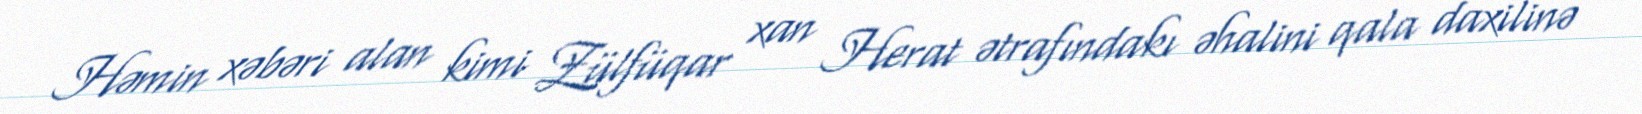
Həmin xəbəri alan kimi Zülfüqar xan Herat ətrafındakı əhalini qala daxilinə